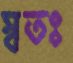
স্বতঃ